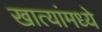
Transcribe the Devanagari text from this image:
खात्यांमध्ये